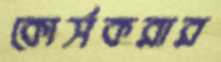
কোর্সকরার